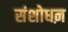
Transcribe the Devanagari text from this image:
संशोधऩ